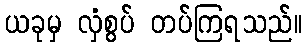
ယခုမှ လှံစွပ် တပ်ကြရသည်။